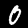
Digit: 0